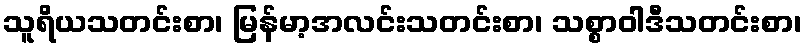
သူရိယသတင်းစာ၊ မြန်မာ့အလင်းသတင်းစာ၊ သစ္စာဝါဒီသတင်းစာ၊